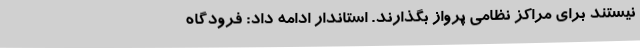
نیستند برای مراکز نظامی پرواز بگذارند. استاندار ادامه داد: فرودگاه